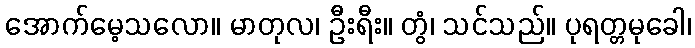
အောက်မေ့သလော။ မာတုလ၊ ဦးရီး။ တွံ၊ သင်သည်။ ပုရတ္တမုခေါ၊